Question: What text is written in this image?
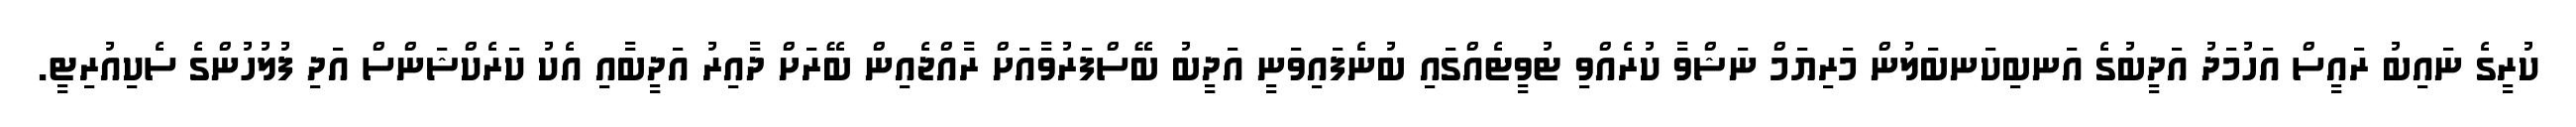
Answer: ކުރީގެ ނައިބު ރައީސް އަހުމަދު އަދީބުގެ އަނބިކަނބަލުން މަރިޔަމް ނަޝްވާ ކުރެއްވި ޓުވީޓެއްގައި ބުނެފައިވަނީ އަދީބު ބޭސްފަރުވާއަށް ރާއްޖެއިން ބޭރަށް ދާއިރު އަދީބާއި އެކު ކަރެކްޝަންސް އަދި ފުލުހުންގެ ސެކިއުރިޓީ.